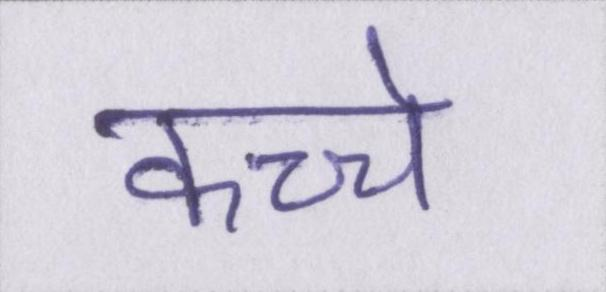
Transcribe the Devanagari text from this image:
कच्चे